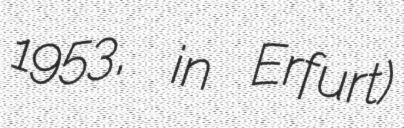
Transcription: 1953, in Erfurt)